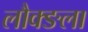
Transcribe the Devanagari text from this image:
लौक्ङला